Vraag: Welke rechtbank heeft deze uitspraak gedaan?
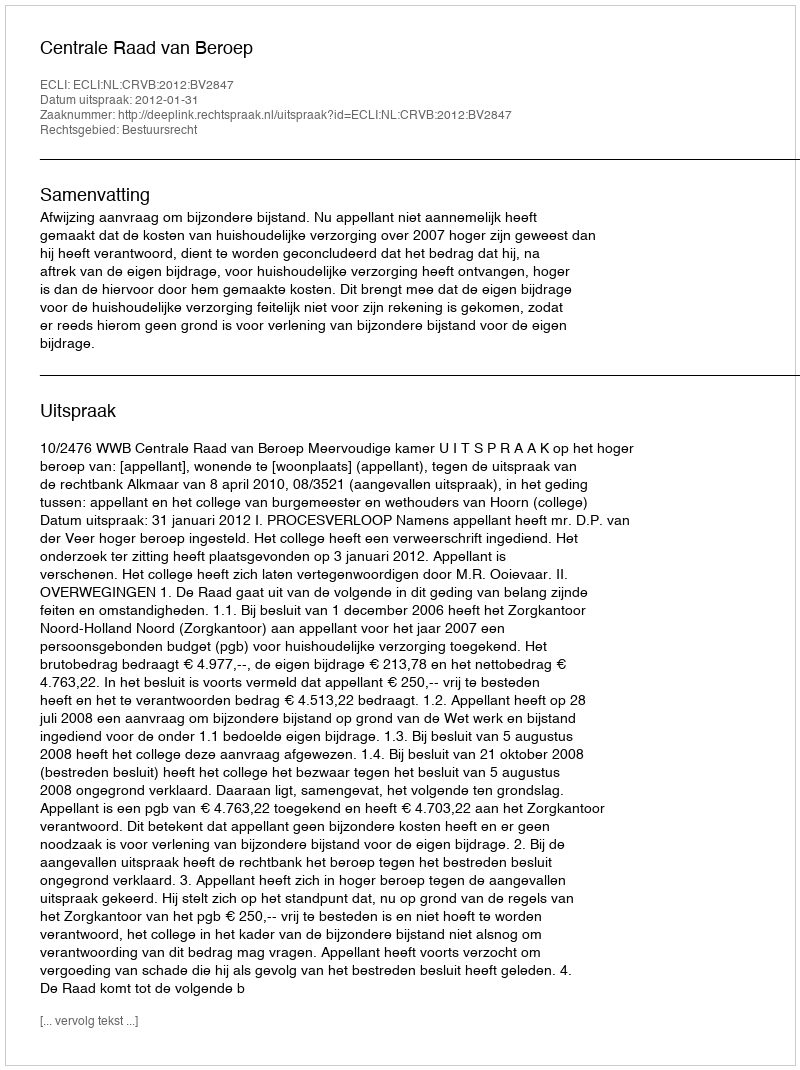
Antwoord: Centrale Raad van Beroep